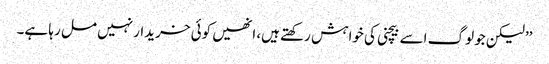
’’لیکن جو لوگ اسے بیچنی کی خواہش رکھتے ہیں، انھیں کوئی خریدار نہیں مل رہا ہے۔